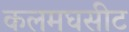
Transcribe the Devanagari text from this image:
कलमघसीट